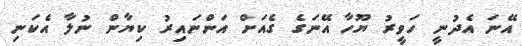
އޭނަ އެދުނީ ހަވީރު ޔޫހާ އޭނަގެ ގެއަށް އަންނައިރު ކިޔާން ނުލާ އެކަނި